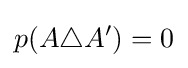
p(A\triangle A')=0